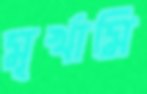
মূর্খামি